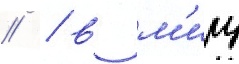
// / в м'иру